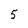
Character: 5